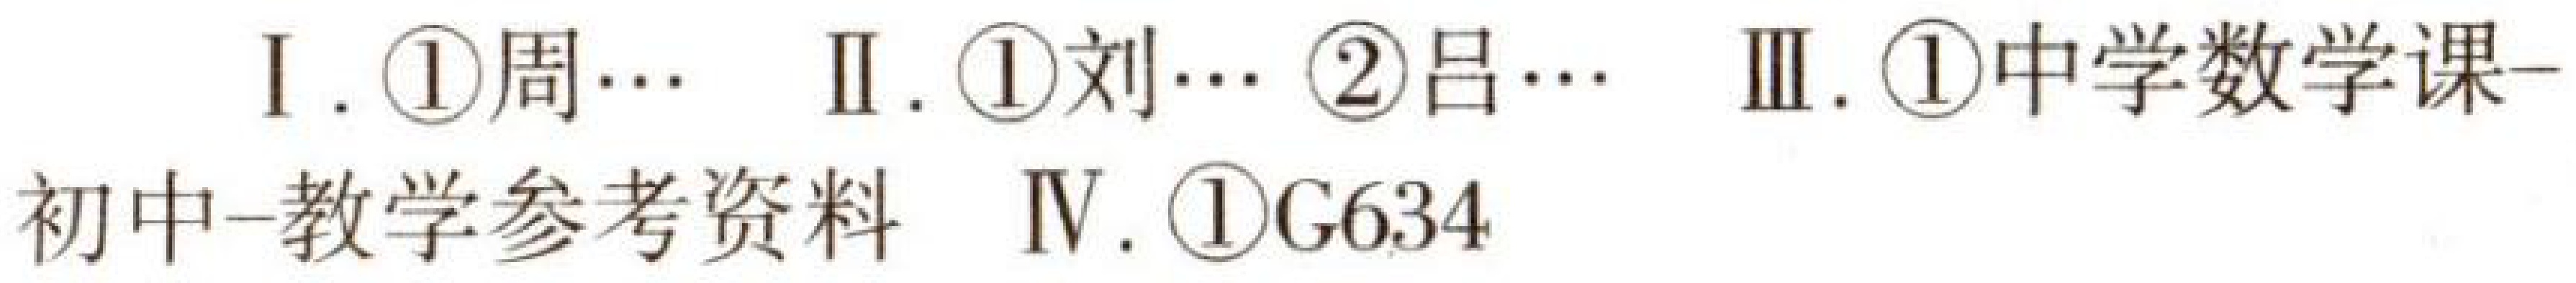
I. \textcircled{1}周…  II. \textcircled{1}刘… \textcircled{2}吕…  III. \textcircled{1}中学数学课-
初中-教学参考资料  IV. \textcircled{1}G634